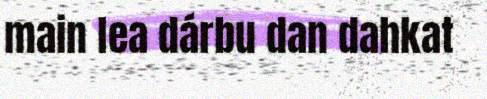
main lea dárbu dan dahkat